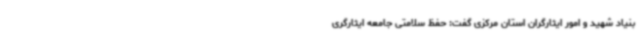
بنیاد شهید و امور ایثارگران استان مرکزی گفت: حفظ سلامتی جامعه ایثارگری